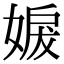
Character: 𡞬